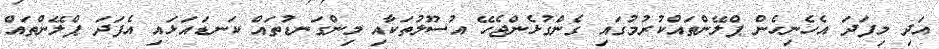
އަދި މިފަދަ އެހެނިހެން ޕްލޭންތައްކުރުމުގައި ގެންގުޅެންޖެހޭ އުސޫލުތަކާއި މިންގަނޑުތައް ކަނޑައަޅައި އެފަދަ ޕްލޭންތައް